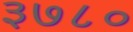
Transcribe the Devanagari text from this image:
३७८०